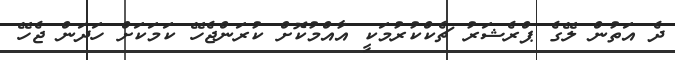
ދެ އަތުން ލޭގެ ޕްރެޝަރު ޗެކްކުރުމަކީ އާއްމުކޮށް ކުރަންޖެހޭ ކަމަކަށް ހަދަން ޖެހޭ